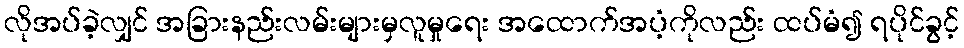
လိုအပ်ခဲ့လျှင် အခြားနည်းလမ်းများမှလူမှုရေး အထောက်အပံ့ကိုလည်း ထပ်မံ၍ ရပိုင်ခွင့်